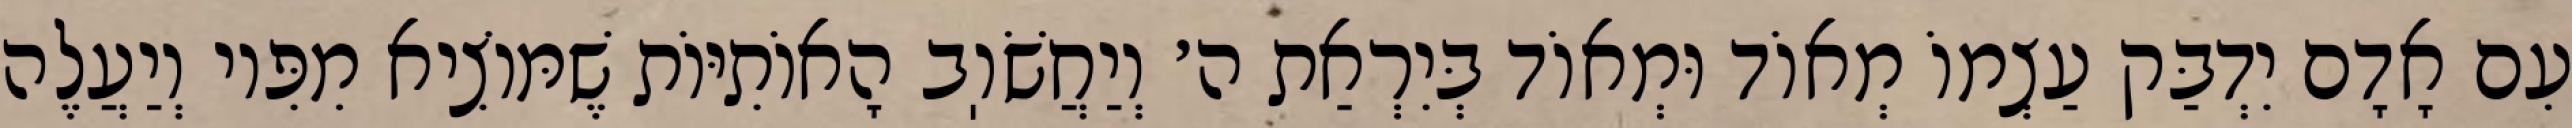
עִם אָדָם יִדְבַּק עַצְמוֹ מְאוֹד וּמְאוֹד בְּיִרְאַת ה׳ וְיַחֲשֹׁוֽב הָאוֹתִיּוֹת שֶׁמּוֹצִיא מִפִּיו וְיַעֲלֶה